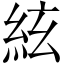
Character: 絃